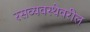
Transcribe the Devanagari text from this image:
रसव्यवस्थेवरील